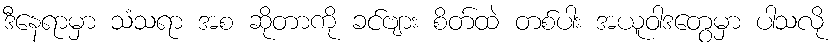
ဒီနေရာမှာ သံသရာ အစ ဆိုတာကို ခင်ဗျား စိတ်ထဲ တစ်ပါး အယူဝါဒတွေမှာ ပါသလို